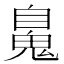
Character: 𩳈